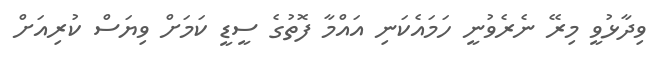
ވިދާޅުވީ މިރޭ ނެރެވުނީ ހަމައެކަނި އައްމާ ފޮތުގެ ސީޑީ ކަމަށް ވިޔަސް ކުރިއަށް